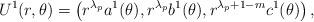
LaTeX: \begin{align*} U^{1}(r, \theta) = \left(r^{\lambda_{p}}a^{1}(\theta), r^{\lambda_{p}}b^{1}(\theta), r^{\lambda_{p} + 1 - m} c^{1}(\theta) \right),\end{align*}